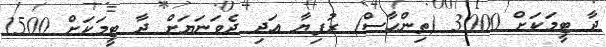
ދާ ޓީމަކަށް 3000 (ތިންހާސް) ރުފިޔާ އަދި ދެވަނަޔަށް ދާ ޓީމަކަށް 1500